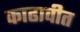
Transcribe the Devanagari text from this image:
काढावीत